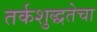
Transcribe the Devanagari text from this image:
तर्कशुद्धतेचा